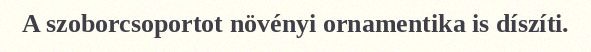
A szoborcsoportot növényi ornamentika is díszíti.